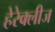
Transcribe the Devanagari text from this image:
हेरेक्लीज